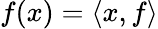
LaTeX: f(x)=\langle x,f\rangle